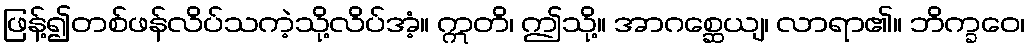
ဖြန့်၍တစ်ဖန်လိပ်သကဲ့သို့လိပ်အံ့။ ဣတိ၊ ဤသို့။ အာဂစ္ဆေယျ၊ လာရာ၏။ ဘိက္ခဝေ၊